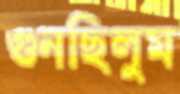
গুনছিলুম